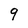
Character: 9